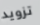
تزويد